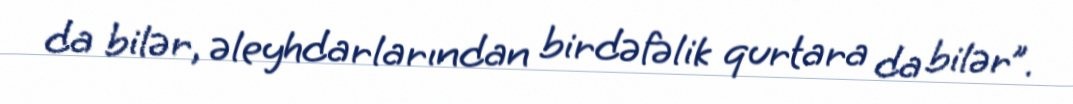
da bilər, əleyhdarlarından birdəfəlik qurtara da bilər”.